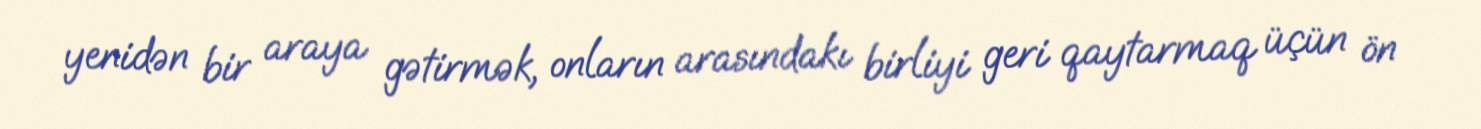
yenidən bir araya gətirmək, onların arasındakı birliyi geri qaytarmaq üçün ön